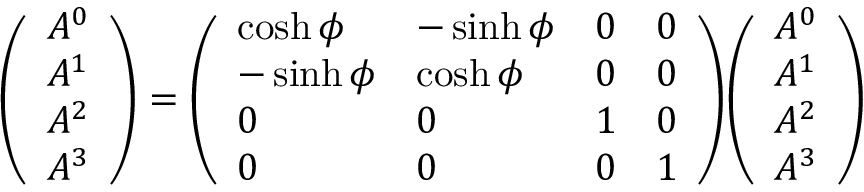
{ \left( \begin{array} { l } { A ^ { 0 } } \\ { A ^ { 1 } } \\ { A ^ { 2 } } \\ { A ^ { 3 } } \end{array} \right) } = { \left( \begin{array} { l l l l } { \cosh \phi } & { - \sinh \phi } & { 0 } & { 0 } \\ { - \sinh \phi } & { \cosh \phi } & { 0 } & { 0 } \\ { 0 } & { 0 } & { 1 } & { 0 } \\ { 0 } & { 0 } & { 0 } & { 1 } \end{array} \right) } { \left( \begin{array} { l } { A ^ { 0 } } \\ { A ^ { 1 } } \\ { A ^ { 2 } } \\ { A ^ { 3 } } \end{array} \right) }